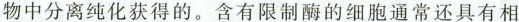
物中分离纯化获得的。含有限制酶的细胞通常还具有相